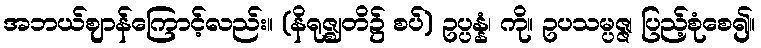
အဘယ်ဈာန်ကြောင့်လည်း။ (နိရုဇ္ဈတိ၌ စပ်) ဥပ္ပန္နံ၊ ကို။ ဥပသမ္ပဇ္ဇ၊ ပြည့်စုံစေ၍။